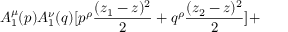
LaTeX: A _ { 1 } ^ { \mu } ( p ) A _ { 1 } ^ { \nu } ( q ) [ p ^ { \rho } { \frac { ( z _ { 1 } - z ) ^ { 2 } } { 2 } } + q ^ { \rho } { \frac { ( z _ { 2 } - z ) ^ { 2 } } { 2 } } ] +